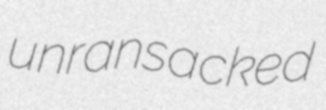
unransacked